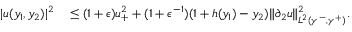
\begin{array} { r l } { | u ( y _ { 1 } , y _ { 2 } ) | ^ { 2 } } & { { } \leq ( 1 + \epsilon ) u _ { + } ^ { 2 } + ( 1 + \epsilon ^ { - 1 } ) ( 1 + h ( y _ { 1 } ) - y _ { 2 } ) \| \partial _ { 2 } u \| _ { L ^ { 2 } ( \gamma ^ { - } , \gamma ^ { + } ) } ^ { 2 } . } \end{array}